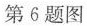
第6题图